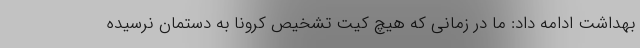
بهداشت ادامه داد: ما در زمانی که هیچ کیت تشخیص کرونا به دستمان نرسیده